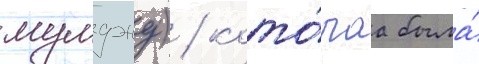
мумджу) / кото́раа была́